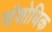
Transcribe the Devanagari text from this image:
संशोधिक